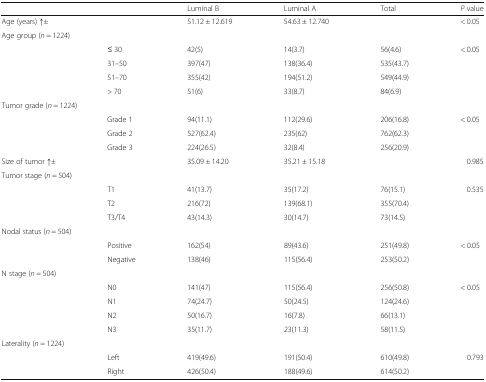
<table><thead><tr><td></td><td></td><td><b>Luminal B</b></td><td><b>Luminal A</b></td><td><b>Total</b></td><td><b><i>P</i> value</b></td></tr></thead><tbody><tr><td>Age (years) ↑±</td><td></td><td>51.12 ± 12.619</td><td>54.63 ± 12.740</td><td></td><td>&lt; 0.05</td></tr><tr><td colspan="6">Age group (<i>n</i> = 1224)</td></tr><tr><td></td><td>≤ 30</td><td>42(5)</td><td>14(3.7)</td><td>56(4.6)</td><td rowspan="4">&lt; 0.05</td></tr><tr><td></td><td>31–50</td><td>397(47)</td><td>138(36.4)</td><td>535(43.7)</td></tr><tr><td></td><td>51–70</td><td>355(42)</td><td>194(51.2)</td><td>549(44.9)</td></tr><tr><td></td><td>&gt; 70</td><td>51(6)</td><td>33(8.7)</td><td>84(6.9)</td></tr><tr><td colspan="6">Tumor grade (<i>n</i> = 1224)</td></tr><tr><td></td><td>Grade 1</td><td>94(11.1)</td><td>112(29.6)</td><td>206(16.8)</td><td rowspan="3">&lt; 0.05</td></tr><tr><td></td><td>Grade 2</td><td>527(62.4)</td><td>235(62)</td><td>762(62.3)</td></tr><tr><td></td><td>Grade 3</td><td>224(26.5)</td><td>32(8.4)</td><td>256(20.9)</td></tr><tr><td>Size of tumor ↑±</td><td></td><td>35.09 ± 14.20</td><td>35.21 ± 15.18</td><td></td><td>0.985</td></tr><tr><td colspan="6">Tumor stage (<i>n</i> = 504)</td></tr><tr><td></td><td>T1</td><td>41(13.7)</td><td>35(17.2)</td><td>76(15.1)</td><td rowspan="3">0.535</td></tr><tr><td></td><td>T2</td><td>216(72)</td><td>139(68.1)</td><td>355(70.4)</td></tr><tr><td></td><td>T3/T4</td><td>43(14.3)</td><td>30(14.7)</td><td>73(14.5)</td></tr><tr><td colspan="6">Nodal status (<i>n</i> = 504)</td></tr><tr><td></td><td>Positive</td><td>162(54)</td><td>89(43.6)</td><td>251(49.8)</td><td rowspan="2">&lt; 0.05</td></tr><tr><td></td><td>Negative</td><td>138(46)</td><td>115(56.4)</td><td>253(50.2)</td></tr><tr><td colspan="6">N stage (<i>n</i> = 504)</td></tr><tr><td></td><td>N0</td><td>141(47)</td><td>115(56.4)</td><td>256(50.8)</td><td rowspan="4">&lt; 0.05</td></tr><tr><td></td><td>N1</td><td>74(24.7)</td><td>50(24.5)</td><td>124(24.6)</td></tr><tr><td></td><td>N2</td><td>50(16.7)</td><td>16(7.8)</td><td>66(13.1)</td></tr><tr><td></td><td>N3</td><td>35(11.7)</td><td>23(11.3)</td><td>58(11.5)</td></tr><tr><td colspan="6">Laterality (<i>n</i> = 1224)</td></tr><tr><td></td><td>Left</td><td>419(49.6)</td><td>191(50.4)</td><td>610(49.8)</td><td rowspan="2">0.793</td></tr><tr><td></td><td>Right</td><td>426(50.4)</td><td>188(49.6)</td><td>614(50.2)</td></tr></tbody></table>